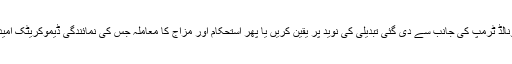
کیا وہ ری پبلیکن امیدوار ڈونالڈ ٹرمپ کی جانب سے دی گئی تبدیلی کی نوید پر یقین کریں یا پھر استحکام اور مزاج کا معاملہ جس کی نمائندگی ڈیموکریٹک امیدوار ہیلری کلنٹن کرتی ہیں؟